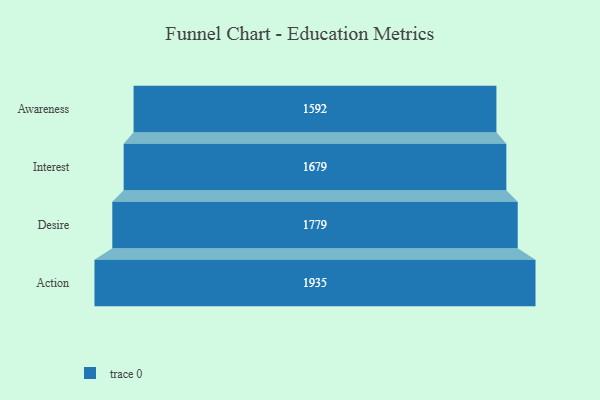
{"axis": {"x": "Stage", "y": "Value"}, "legend": [""], "data": [{"x": "Awareness", "y": 1592.0, "type": ""}, {"x": "Interest", "y": 1679.0, "type": ""}, {"x": "Desire", "y": 1779.0, "type": ""}, {"x": "Action", "y": 1935.0, "type": ""}]}